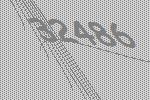
32486